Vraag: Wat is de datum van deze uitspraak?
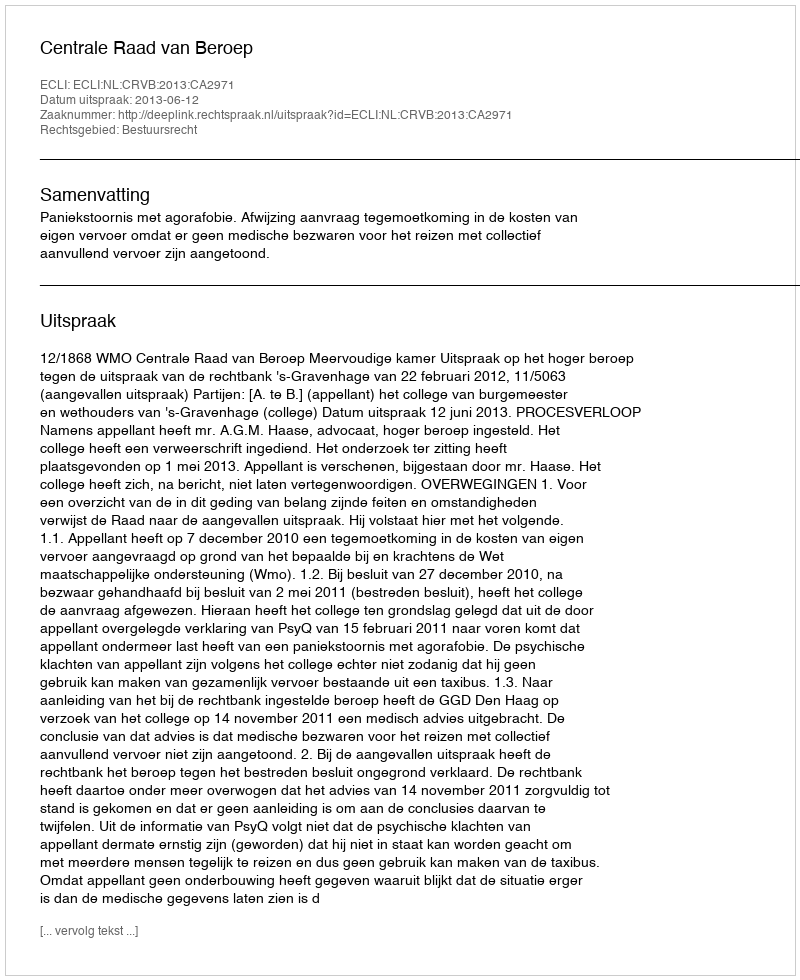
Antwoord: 2013-06-12